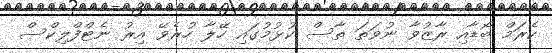
ކެރަމް ބޯޑާއި ރާޒުވާ ނުވަތަ ތާސް ކުޅުމުގައި ހޭލާ ހުރެވޭ އިރު ނެޓްފްލިކްސް